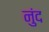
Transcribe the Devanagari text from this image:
नुंद